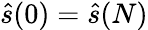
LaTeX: \hat{s}(0)=\hat{s}(N)